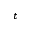
t